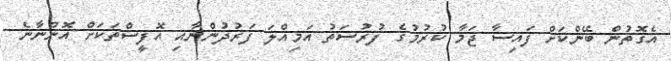
އެގޮތުން ބޭންކަށް ފައިސާ ޖަމާ ކުރުމުގެ ފުރުސަތު އަމިއްލަ ފަރުދުންނާއި އޮފީސްތަކަށް އޮންނާނެ